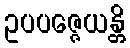
ဥပပဇ္ဇေယန္တိ